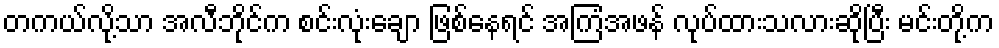
တကယ်လို့သာ အလီဘိုင်က စင်းလုံးချော ဖြစ်နေရင် အကြံအဖန် လုပ်ထားသလားဆိုပြီး မင်းတို့က